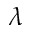
\lambda